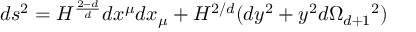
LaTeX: d s ^ { 2 } = H ^ { \frac { 2 - d } { d } } d x ^ { \mu } d x _ { \mu } + H ^ { 2 / d } ( d y ^ { 2 } + y ^ { 2 } d \Omega _ { d + 1 } { } ^ { 2 } )